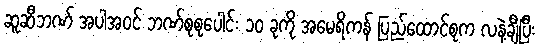
ဆူဆီဘဏ် အပါအဝင် ဘဏ်စုစုပေါင်း ၁၀ ခုကို အမေရိကန် ပြည်ထောင်စုက လနဲ့ချီပြီး